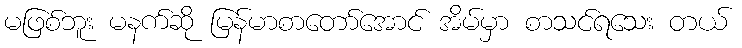
မဖြစ်ဘူး မနက်ဆို မြန်မာစာတော်အောင် အိမ်မှာ စာသင်ရသေး တယ်